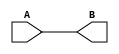
module ictest(A,B);
    input A;
    output B;
    assign B=A;
endmodule